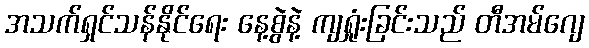
အသက်ရှင်သန်နိုင်ရေး နေ့စွဲနဲ့ ကျရှုံးခြင်းသည် တီအမ်ဂျေ